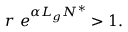
\begin{array} { r } { r \ e ^ { \alpha L _ { g } N ^ { * } } > 1 . } \end{array}